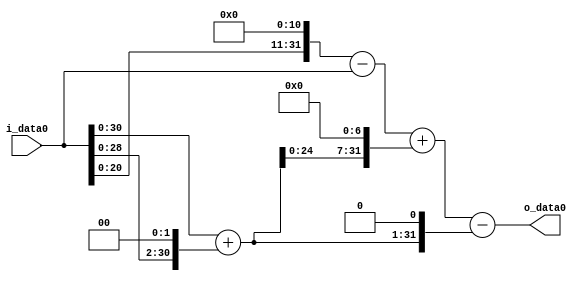
module multiplier_block (
    i_data0,
    o_data0
);

  // Port mode declarations:
  input   [31:0] i_data0;
  output  [31:0]
    o_data0;

  //Multipliers:

  wire [31:0]
    w1,
    w4,
    w5,
    w2048,
    w2047,
    w640,
    w2687,
    w10,
    w2677;

  assign w1 = i_data0;
  assign w10 = w5 << 1;
  assign w2047 = w2048 - w1;
  assign w2048 = w1 << 11;
  assign w2677 = w2687 - w10;
  assign w2687 = w2047 + w640;
  assign w4 = w1 << 2;
  assign w5 = w1 + w4;
  assign w640 = w5 << 7;

  assign o_data0 = w2677;

  //multiplier_block area estimate = 7171.71836743236;
endmodule